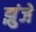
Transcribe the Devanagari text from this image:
झुंजे